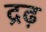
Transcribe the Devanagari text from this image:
द्रढ़